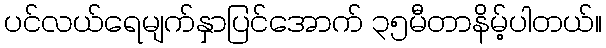
ပင်လယ်ရေမျက်နှာပြင်အောက် ၃၅မီတာနိမ့်ပါတယ်။